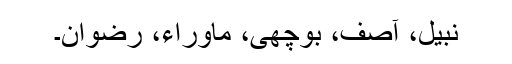
نبیل، آصف، بوچھی، ماوراء، رضوان۔